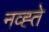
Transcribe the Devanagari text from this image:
नव्ह्ते